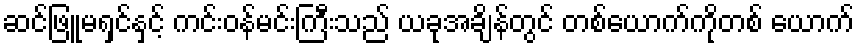
ဆင်ဖြူမရှင်နှင့် ကင်းဝန်မင်းကြီးသည် ယခုအချိန်တွင် တစ်ယောက်ကိုတစ် ယောက်